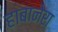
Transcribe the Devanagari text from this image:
हाबानेरा